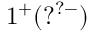
1 ^ { + } ( ? ^ { ? - } )